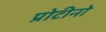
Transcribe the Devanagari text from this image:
प्रोटीनो